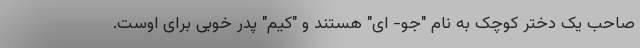
صاحب یک دختر کوچک به نام "جو- ای" هستند و "کیم" پدر خوبی برای اوست.